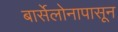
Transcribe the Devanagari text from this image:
बार्सेलोनापासून